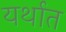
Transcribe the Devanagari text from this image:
यर्थात